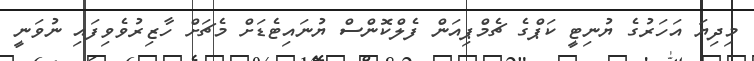
މިދިޔަ އަހަރުގެ ޔުނިޓީ ކަޕްގެ ޗެމްޕިއަން ފެލްކޮންސް ޔުނައިޓެޑަށް މެޗަށް ހާޒިރުވެވިފައި ނުވަނީ